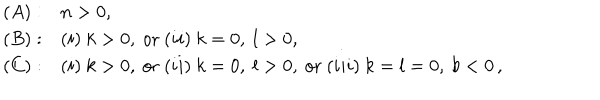
\begin{array} { l l } { { ( A ) : } } & { { n > 0 , } } \\ { { ( B ) : } } & { { ( i ) \ k > 0 , \ \mathrm { o r } \ ( i i ) \ k = 0 , \ l > 0 , } } \\ { { ( C ) : } } & { { ( i ) \ k > 0 , \ \mathrm { o r } \ ( i i ) \ k = 0 , \ l > 0 , \ \mathrm { o r } \ ( i i i ) \ k = l = 0 , \ b < 0 \, , } } \\ \end{array}